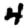
Digit: 4